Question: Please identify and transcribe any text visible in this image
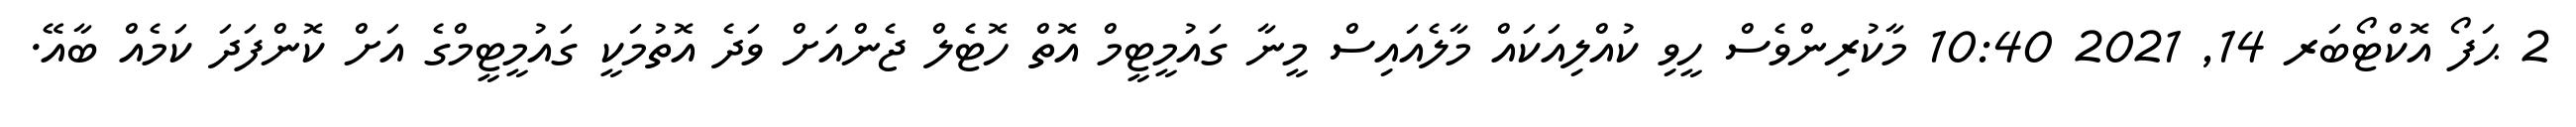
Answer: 2 ޙަފޯ އޮކްޓޯބަރ 14, 2021 10:40 މާކުރިންވެސް ހީވި ކުއްލިއަކައް މާލެއައިސް މީނާ ގައުމީޓީމް އޮތް ހޮޓެލް ޖެންއަށް ވަދެ އޮތުމަކީ ގައުމީޓީމްގެ އަށް ކޮންފަދަ ކަމެއް ބާއޭ.